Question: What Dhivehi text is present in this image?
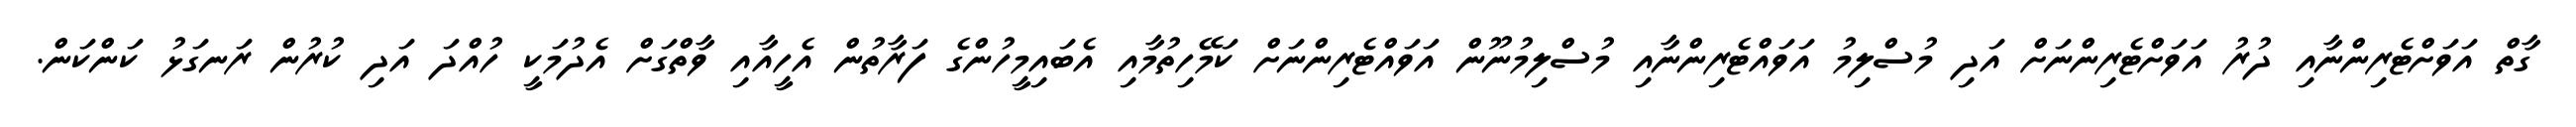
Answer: ގާތް އަވަށްޓެރިންނާއި ދުރު އަވަށްޓެރިންނަށް އަދި މުސްލިމު އަވައްޓެރިންނާއި މުސްލިމުނޫން އަވައްޓެރިންނަށް ކަމޭހިތުމާއި އެބައިމީހުންގެ ފަރާތުން އެހީއާއި ވާތްގަށް އެދުމަކީ ހުއްދަ އަދި ކުރުން ރަނގަޅު ކަންކަން.